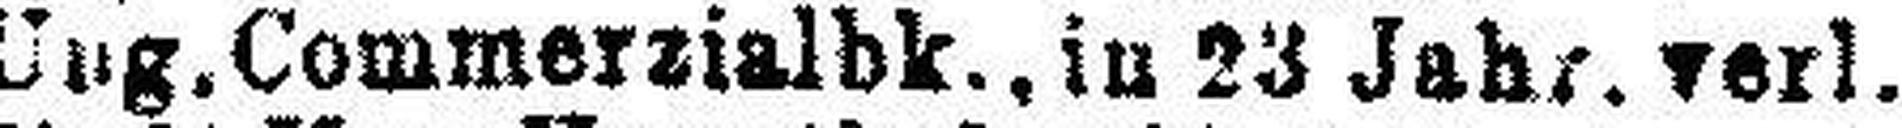
Ung. Commerzialbk., in 23 Jahr. verl.